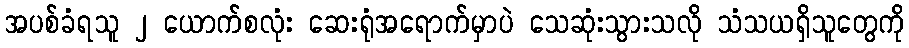
အပစ်ခံရသူ ၂ ယောက်စလုံး ဆေးရုံအရောက်မှာပဲ သေဆုံးသွားသလို သံသယရှိသူတွေကို